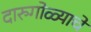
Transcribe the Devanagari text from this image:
दारुगोळ्याचे